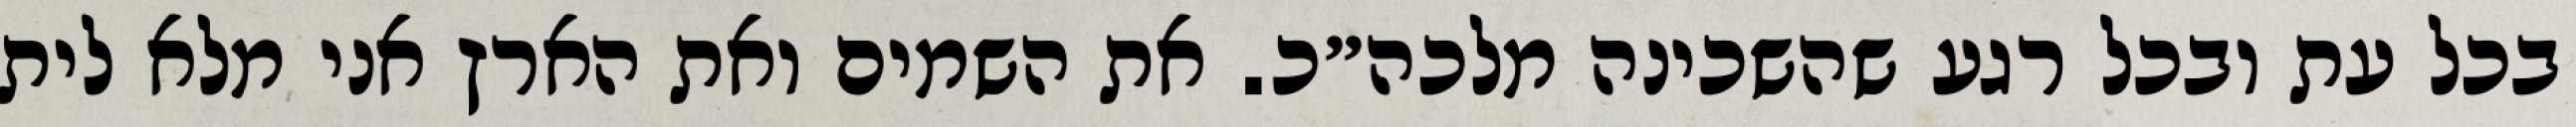
בכל עת ובכל רגע שהשכינה מלכה״כ. את השמים ואת הארץ אני מלא לית